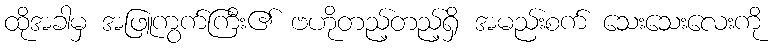
ထိုအခါမှ အဖြူကွက်ကြီး၏ ဗဟိုတည့်တည့်ရှိ အမည်းစက် သေးသေးလေးကို